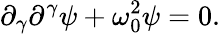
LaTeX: \partial_{\gamma}\partial^{\gamma}\psi+\omega_{0}^{2}\psi=0.